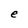
Character: e